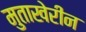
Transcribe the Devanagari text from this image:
मुताखेरीन